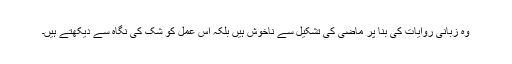
وہ زبانی روایات کی بِنا پر ماضی کی تشکیل سے ناخوش ہیں بلکہ اس عمل کو شک کی نگاہ سے دیکھتے ہیں۔